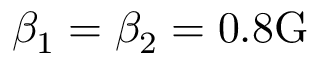
\beta _ { 1 } = \beta _ { 2 } = 0 . 8 \mathrm { G }